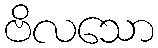
ဗိလသော